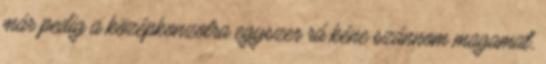
már pedig a középkonzolra egyszer rá kéne szánnom magamat,